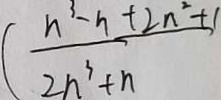
( \frac { n ^ { 3 } - n + 2 n ^ { 2 } + 1 } { 2 n ^ { 3 } + n }